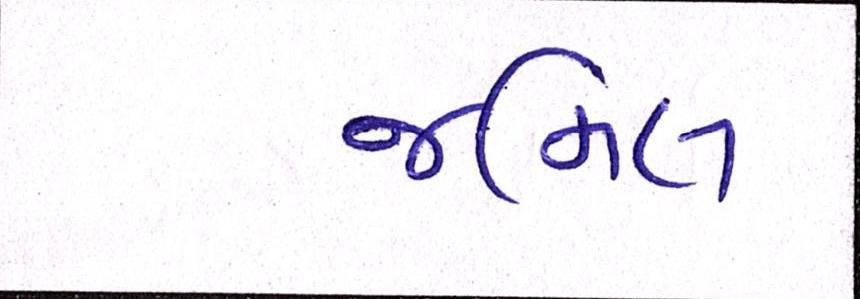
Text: જમિલ